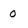
Character: 0